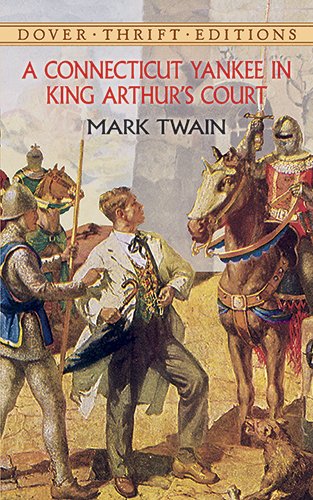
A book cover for A Connecticut Yankee in King Arthur's Court (Dover Thrift Editions); Mark Twain; Literature & Fiction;